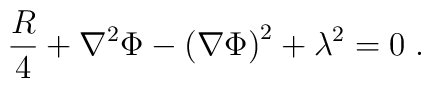
{R\over4}+\nabla^2\Phi-{\left(\nabla\Phi\right)}^2+\lambda^2=0\;.